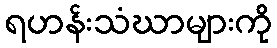
ရဟန်းသံဃာများကို